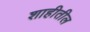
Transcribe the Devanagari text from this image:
शाहीतील